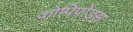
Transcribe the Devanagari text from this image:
कोपिपोड्स